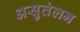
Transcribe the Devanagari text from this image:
असुतंलन